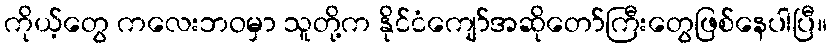
ကိုယ့်တွေ ကလေးဘဝမှာ သူတို့က နိုင်ငံကျော်အဆိုတော်ကြီးတွေဖြစ်နေပါပြီ။